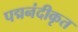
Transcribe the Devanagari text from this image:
पद्मनंदीकृत